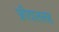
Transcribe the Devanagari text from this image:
फ़्रीदाललह